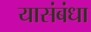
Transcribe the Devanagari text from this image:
यासंबंधा